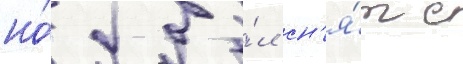
но́ бы́л сн'я́т с